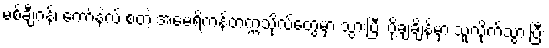
မစ်ချီဂန်၊ ကော်နဲလ် စတဲ့ အမေရိကန်တက္ကသိုလ်တွေမှာ သွားပြီး ပို့ချချိန်မှာ သူလိုက်သွားပြီး